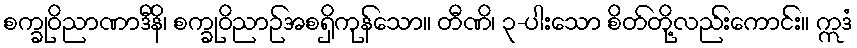
စက္ခုဝိညာဏာဒီနိ၊ စက္ခုဝိညာဉ်အစရှိကုန်သော။ တီဏိ၊ ၃-ပါးသော စိတ်တို့လည်းကောင်း။ ဣဒံ